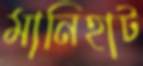
মানিহাট